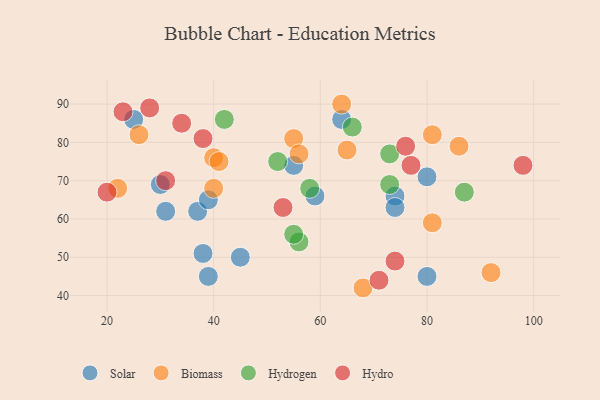
{"axis": {"x": "GDP", "y": "Life Expectancy"}, "legend": ["Biomass", "Hydro", "Hydrogen", "Solar"], "data": [{"x": "31", "y": 62, "type": "Solar"}, {"x": "30", "y": 69, "type": "Solar"}, {"x": "64", "y": 86, "type": "Solar"}, {"x": "37", "y": 62, "type": "Solar"}, {"x": "55", "y": 74, "type": "Solar"}, {"x": "39", "y": 45, "type": "Solar"}, {"x": "38", "y": 51, "type": "Solar"}, {"x": "25", "y": 86, "type": "Solar"}, {"x": "39", "y": 65, "type": "Solar"}, {"x": "74", "y": 66, "type": "Solar"}, {"x": "80", "y": 71, "type": "Solar"}, {"x": "80", "y": 45, "type": "Solar"}, {"x": "45", "y": 50, "type": "Solar"}, {"x": "74", "y": 63, "type": "Solar"}, {"x": "59", "y": 66, "type": "Solar"}, {"x": "86", "y": 79, "type": "Biomass"}, {"x": "92", "y": 46, "type": "Biomass"}, {"x": "81", "y": 59, "type": "Biomass"}, {"x": "40", "y": 68, "type": "Biomass"}, {"x": "55", "y": 81, "type": "Biomass"}, {"x": "56", "y": 77, "type": "Biomass"}, {"x": "65", "y": 78, "type": "Biomass"}, {"x": "81", "y": 82, "type": "Biomass"}, {"x": "64", "y": 90, "type": "Biomass"}, {"x": "26", "y": 82, "type": "Biomass"}, {"x": "40", "y": 76, "type": "Biomass"}, {"x": "22", "y": 68, "type": "Biomass"}, {"x": "68", "y": 42, "type": "Biomass"}, {"x": "41", "y": 75, "type": "Biomass"}, {"x": "66", "y": 84, "type": "Hydrogen"}, {"x": "87", "y": 67, "type": "Hydrogen"}, {"x": "52", "y": 75, "type": "Hydrogen"}, {"x": "58", "y": 68, "type": "Hydrogen"}, {"x": "56", "y": 54, "type": "Hydrogen"}, {"x": "73", "y": 77, "type": "Hydrogen"}, {"x": "73", "y": 69, "type": "Hydrogen"}, {"x": "42", "y": 86, "type": "Hydrogen"}, {"x": "55", "y": 56, "type": "Hydrogen"}, {"x": "74", "y": 49, "type": "Hydro"}, {"x": "34", "y": 85, "type": "Hydro"}, {"x": "53", "y": 63, "type": "Hydro"}, {"x": "28", "y": 89, "type": "Hydro"}, {"x": "76", "y": 79, "type": "Hydro"}, {"x": "38", "y": 81, "type": "Hydro"}, {"x": "23", "y": 88, "type": "Hydro"}, {"x": "98", "y": 74, "type": "Hydro"}, {"x": "77", "y": 74, "type": "Hydro"}, {"x": "31", "y": 70, "type": "Hydro"}, {"x": "20", "y": 67, "type": "Hydro"}, {"x": "71", "y": 44, "type": "Hydro"}]}